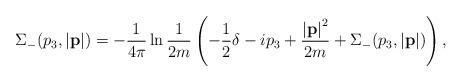
LaTeX: \begin{align*}\Sigma_-(p_3,\left|{\bf p}\right|) = - \frac{1}{4\pi} \ln \frac{1}{2m} \left(-\frac{1}{2}\delta - ip_3 +\frac{\left|{\bf p}\right|^2}{2m} + \Sigma_-(p_3,\left|{\bf p}\right|)\right), \end{align*}